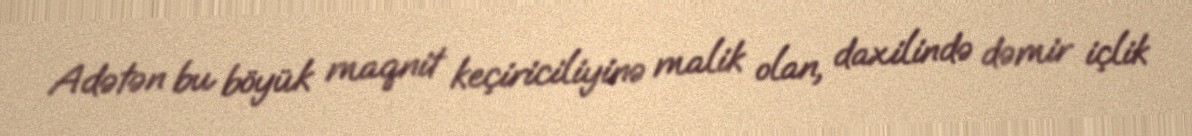
Adətən bu böyük maqnit keçiriciliyinə malik olan, daxilində dəmir içlik